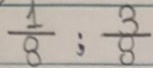
\frac { 1 } { 8 } ; \frac { 3 } { 8 }